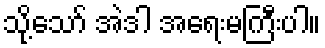
သို့သော် အဲဒါ အရေးမကြီးပါ။